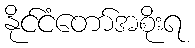
နိုင်ငံတော်အစိုးရ